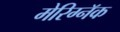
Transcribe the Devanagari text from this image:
मेरिग्नॅक